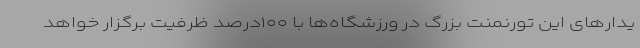
یدارهای این تورنمنت بزرگ در ورزشگاه‌ها با ۱۰۰درصد ظرفیت برگزار خواهد